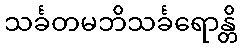
သင်္ခတမဘိသင်္ခရောန္တိ